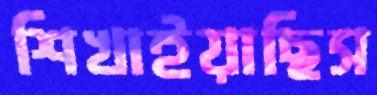
শিখাইয়াছিস